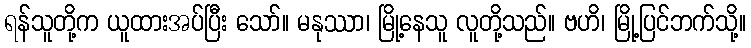
ရန်သူတို့က ယူထားအပ်ပြီး သော်။ မနုဿာ၊ မြို့နေသူ လူတို့သည်။ ဗဟိ၊ မြို့ပြင်ဘက်သို့။